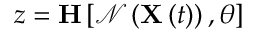
z = \mathbf { H } \left[ \mathcal { N } \left( \mathbf { X } \left( t \right) \right) , \theta \right]